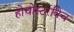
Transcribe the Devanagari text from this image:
होचोस्टरविच